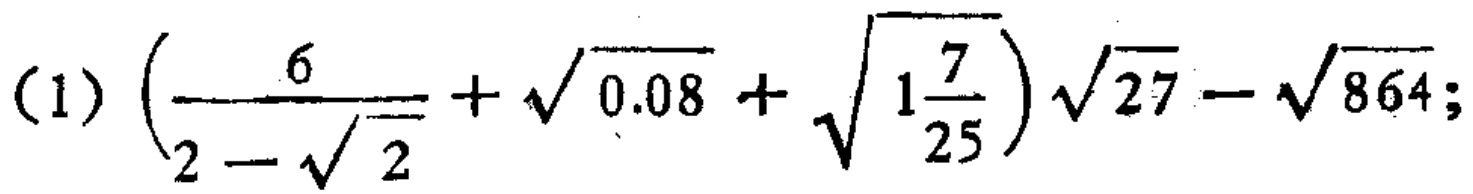
\((1)\left(\frac{6}{2 - \sqrt{2}}+\sqrt{0.08}+\sqrt{1\frac{7}{25}}\right)\sqrt{27}-\sqrt{864}\)